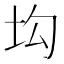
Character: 㘬